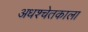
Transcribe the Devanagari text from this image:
अधश्चेतकाला